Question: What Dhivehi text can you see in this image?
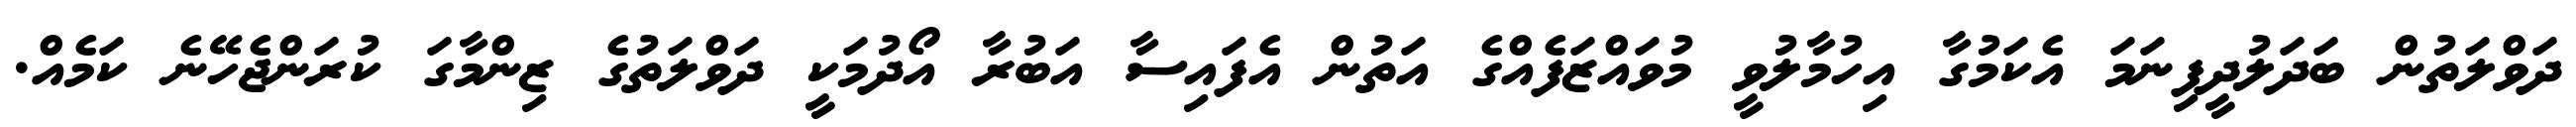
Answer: ދަވްލަތުން ބަދަލުދީފިނަމަ އެކަމުގާ އިހުމާލުވީ މުވައްޒަފެއްގެ އަތުން އެފައިސާ އަބުރާ އޯދުމަކީ ދަވްލަތުގެ ޒިންމާގަ ކުރަންޖެހޭނެ ކަމެއް.